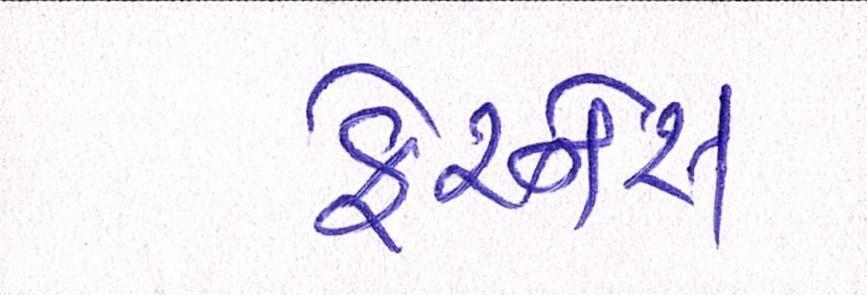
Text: ફેરનેસ